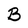
Character: B